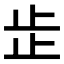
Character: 𣥕